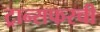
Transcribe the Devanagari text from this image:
ट्रान्सफरची